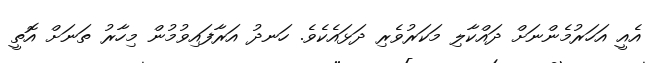
އެއީ އަހަރުމެންނަށް ދައްކާލި މަކަރުވެރި ދަޅައެކެވެ. ހަނދު އަރާފައިވުމުން މިހާރު ތަނަށް އޮތީ